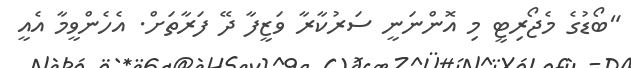
"ބޯޑުގެ މެޖޯރިޓީ މި އޮންނަނީ ސަރުކާރާ ވަޒީފާ ދޭ ފަރާތަަށް. އެހެންވީމާ އެއީ